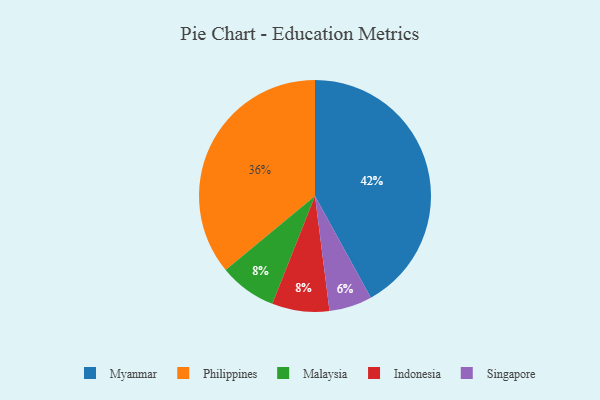
{"axis": {"x": "Category", "y": "Percentage"}, "legend": ["Indonesia", "Malaysia", "Myanmar", "Philippines", "Singapore"], "data": [{"x": "Philippines", "y": 36, "type": "Philippines"}, {"x": "Singapore", "y": 6, "type": "Singapore"}, {"x": "Malaysia", "y": 8, "type": "Malaysia"}, {"x": "Myanmar", "y": 42, "type": "Myanmar"}, {"x": "Indonesia", "y": 8, "type": "Indonesia"}]}